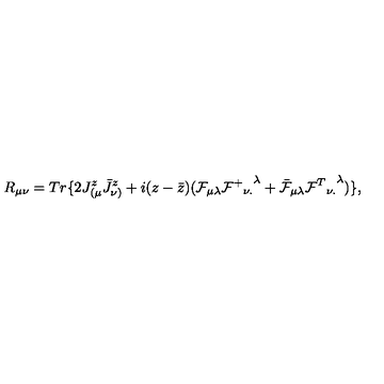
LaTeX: R _ { \mu \nu } = T r \{ 2 J _ { ( \mu } ^ { z } \bar { J } _ { \nu ) } ^ { z } + i ( z - \bar { z } ) ( { \cal F } _ { \mu \lambda } { { { \cal F } ^ { + } } _ { \nu . } } ^ { \lambda } + \bar { \cal F } _ { \mu \lambda } { { { \cal F } ^ { T } } _ { \nu . } } ^ { \lambda } ) \} ,